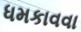
ધમકાવવા